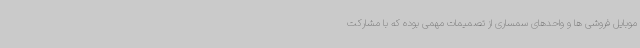
موبایل فروشی ها و واحدهای سمساری‌ از تصمیمات مهمی بوده که با مشارکت